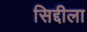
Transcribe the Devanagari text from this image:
सिद्दीला